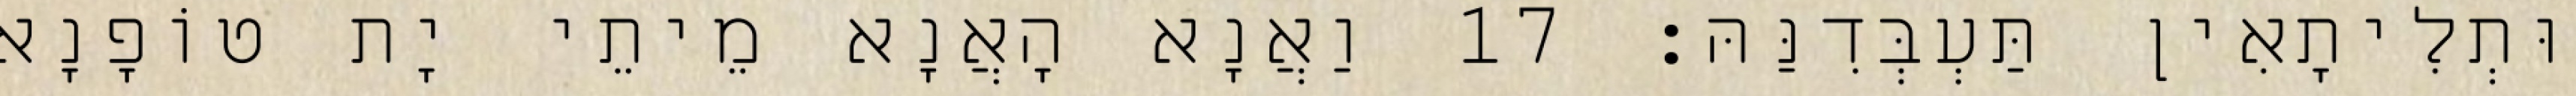
וּתְלִיתָאִין תַּעְבְּדִנַּהּ׃ 17 וַאֲנָא הָאֲנָא מֵיתֵי יָת טוֹפָנָא